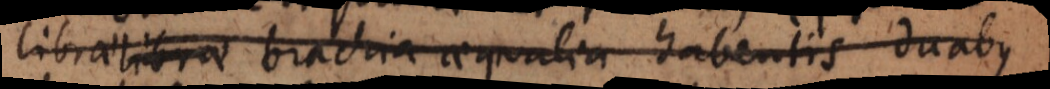
librae brachia aequalia habentis duabus